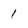
Character: 1